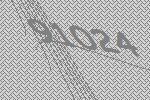
91024